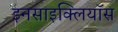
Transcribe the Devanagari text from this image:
इनसाइक्लियॉस